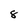
Character: 8